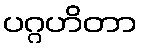
ပဂ္ဂဟိတာ